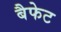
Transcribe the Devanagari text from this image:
बैफेट